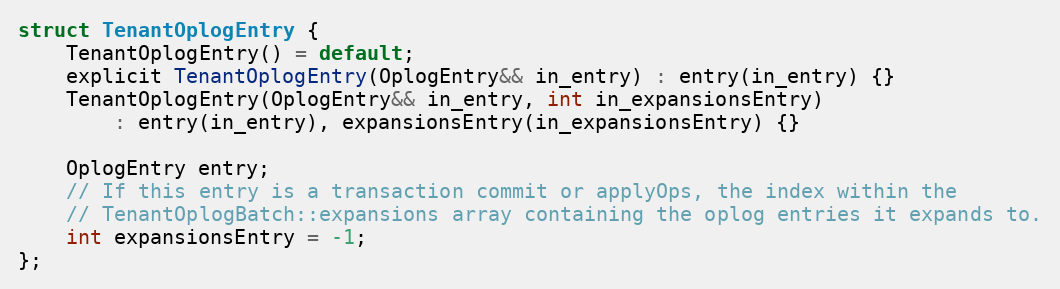
Language: C
struct TenantOplogEntry {
    TenantOplogEntry() = default;
    explicit TenantOplogEntry(OplogEntry&& in_entry) : entry(in_entry) {}
    TenantOplogEntry(OplogEntry&& in_entry, int in_expansionsEntry)
        : entry(in_entry), expansionsEntry(in_expansionsEntry) {}

    OplogEntry entry;
    // If this entry is a transaction commit or applyOps, the index within the
    // TenantOplogBatch::expansions array containing the oplog entries it expands to.
    int expansionsEntry = -1;
};